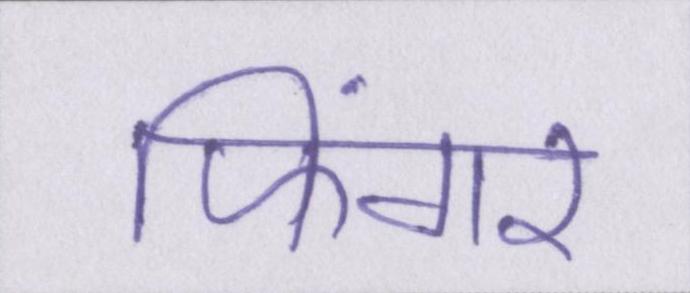
फिंगर